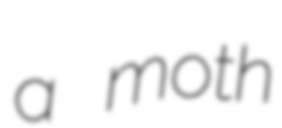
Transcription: a moth